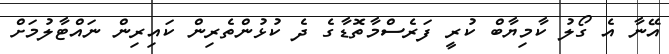
އޭނާ އެ ގޯލު ކާމިޔާބް ކުރީ ފަރެސްމާތޮޑާގެ ދެ ކުޅުންތެރިން ކައިރިން ނައްޓާލުމަށް